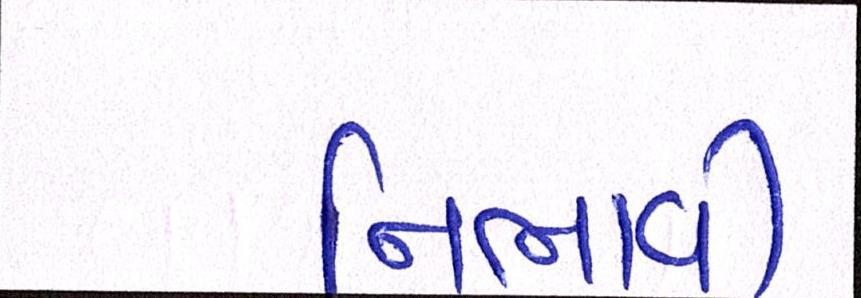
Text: નિભાવી